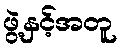
ဖွဲ့နှင့်အတူ